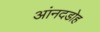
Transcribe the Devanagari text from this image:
आंनदडोह